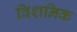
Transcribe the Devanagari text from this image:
विशनिक